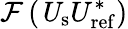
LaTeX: \mathcal{F}\left(\mathit U_{\mathrm{s}}U_{\mathrm{ref}}^{\ast}\right)